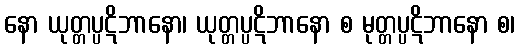
နော ယုတ္တပ္ပဋိဘာနော၊ ယုတ္တပ္ပဋိဘာနော စ မုတ္တပ္ပဋိဘာနော စ၊